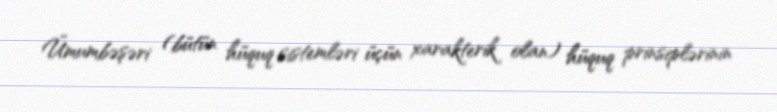
Ümumbəşəri (bütün hüquq sistemləri üçün xarakterik olan) hüquq prinsiplərinin